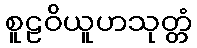
စူဠဝိယူဟသုတ္တံ